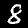
Digit: 8